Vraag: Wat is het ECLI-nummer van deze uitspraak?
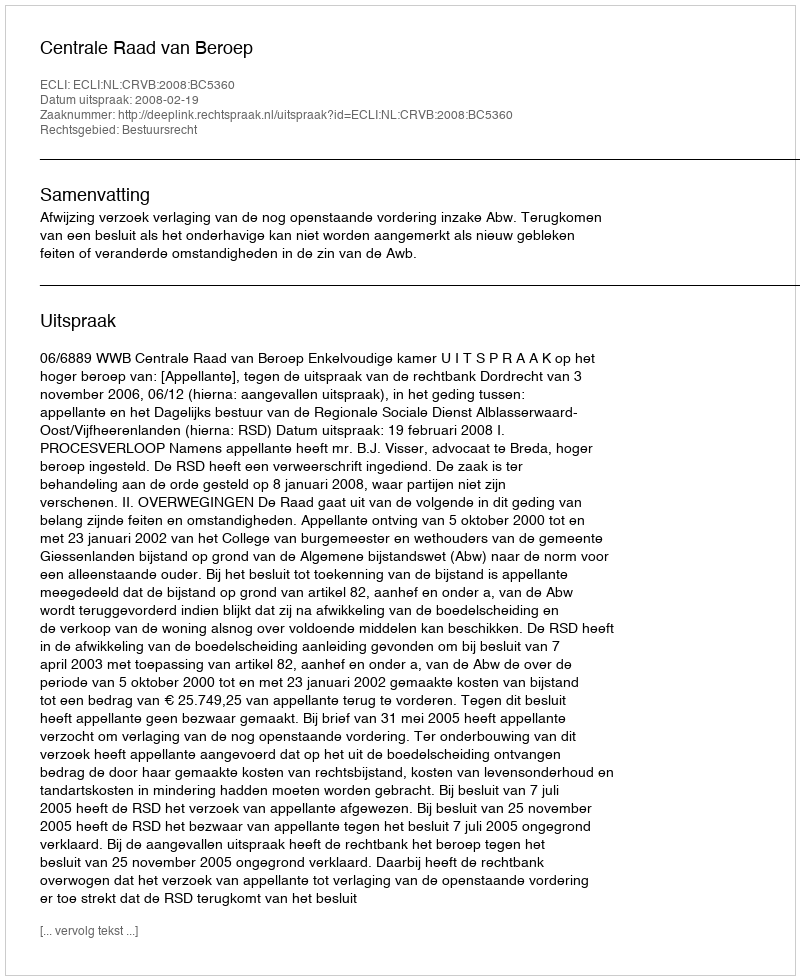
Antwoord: ECLI:NL:CRVB:2008:BC5360